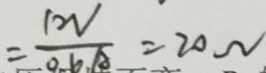
= \frac { 1 2 V } { 0 . 6 A } = 2 0 \Omega